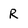
Character: R